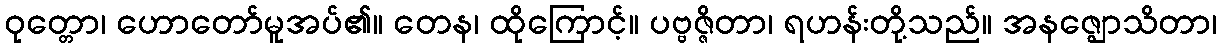
ဝုတ္တော၊ ဟောတော်မူအပ်၏။ တေန၊ ထိုကြောင့်။ ပဗ္ဗဇ္ဇိတာ၊ ရဟန်းတို့သည်။ အနဇ္ဈောသိတာ၊